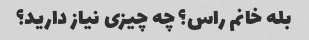
بله خانم راس؟ چه چیزی نیاز دارید؟